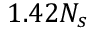
1 . 4 2 N _ { s }